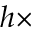
h \times